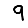
Digit: 9